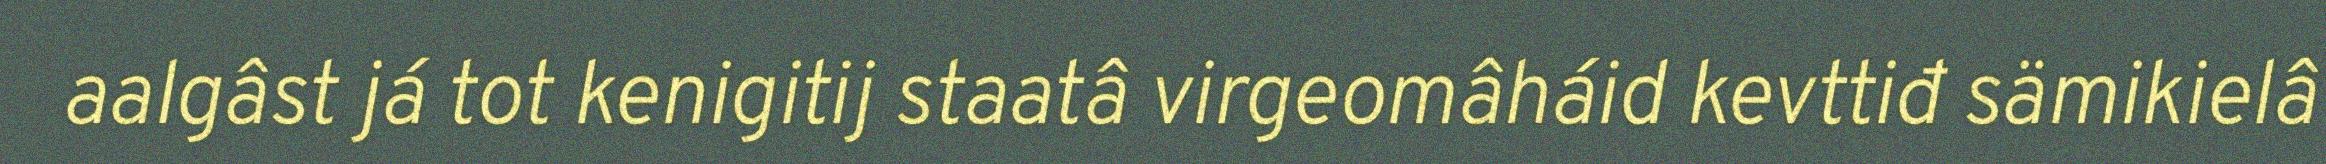
aalgâst já tot kenigitij staatâ virgeomâháid kevttiđ sämikielâ